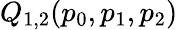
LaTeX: Q_{1,2}(p_{0},p_{1},p_{2})